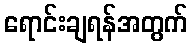
ရောင်းချရန်အတွက်